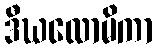
ဒီဃလောမိကာ